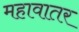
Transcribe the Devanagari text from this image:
महावातर